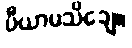
ပီယာမသိချေ။